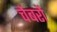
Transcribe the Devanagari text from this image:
चेंबरों